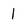
Character: 1